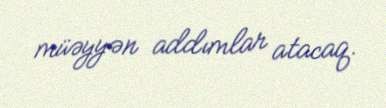
müəyyən addımlar atacaq.